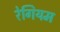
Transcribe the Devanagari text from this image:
रेगियम